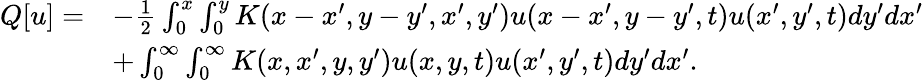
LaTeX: \begin{array}{rl}{Q[u]=}&{-\frac{1}{2}\int_{0}^{x}\int_{0}^{y}K(x-x^{\prime},y-y^{\prime},x^{\prime},y^{\prime})u(x-x^{\prime},y-y^{\prime},t)u(x^{\prime},y^{\prime},t)dy^{\prime}dx^{\prime}}\\ &{+\int_{0}^{\infty}\int_{0}^{\infty}K(x,x^{\prime},y,y^{\prime})u(x,y,t)u(x^{\prime},y^{\prime},t)dy^{\prime}dx^{\prime}.}\end{array}